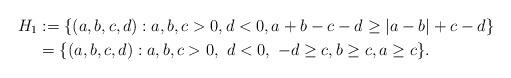
LaTeX: \begin{align*}H_{1} & :=\{(a,b,c,d):a,b,c>0,d<0,a+b-c-d\geq|a-b|+c-d\}\\& =\{(a,b,c,d):a,b,c>0,\ d<0,\ -d\geq c,b\geq c,a\geq c\}.\end{align*}